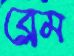
ব্লেম